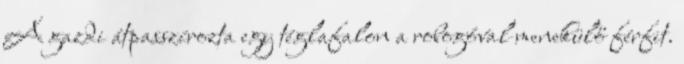
A gazdi átpasszírozta egy téglafalon a robogóval menekülő férfit.